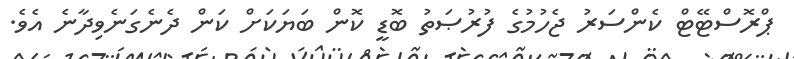
ޕްރޮސްޓޭޓް ކެންސަރު ޖެހުމުގެ ފުރުޞަތު ބޮޑީ ކޮން ބަޔަކަށް ކަން ދެނެގަނެވިދާނެ އެވެ.